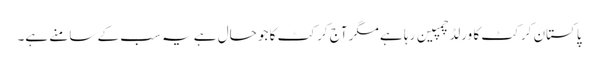
پاکستان کرکٹ کا ورلڈ چمپین رہا ہے مگر آج کرکٹ کا جو حال ہے یہ سب کے سامنے ہے۔